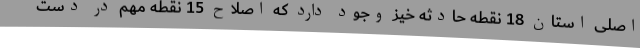
اصلی استان 18 نقطه حادثه خیز وجود دارد که اصلاح 15 نقطه مهم در دست